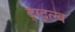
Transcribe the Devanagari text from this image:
द्ग्द्ल्ब